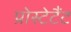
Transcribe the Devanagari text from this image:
प्रोस्टेटैंट